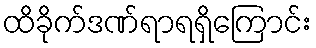
ထိခိုက်ဒဏ်ရာရရှိကြောင်း